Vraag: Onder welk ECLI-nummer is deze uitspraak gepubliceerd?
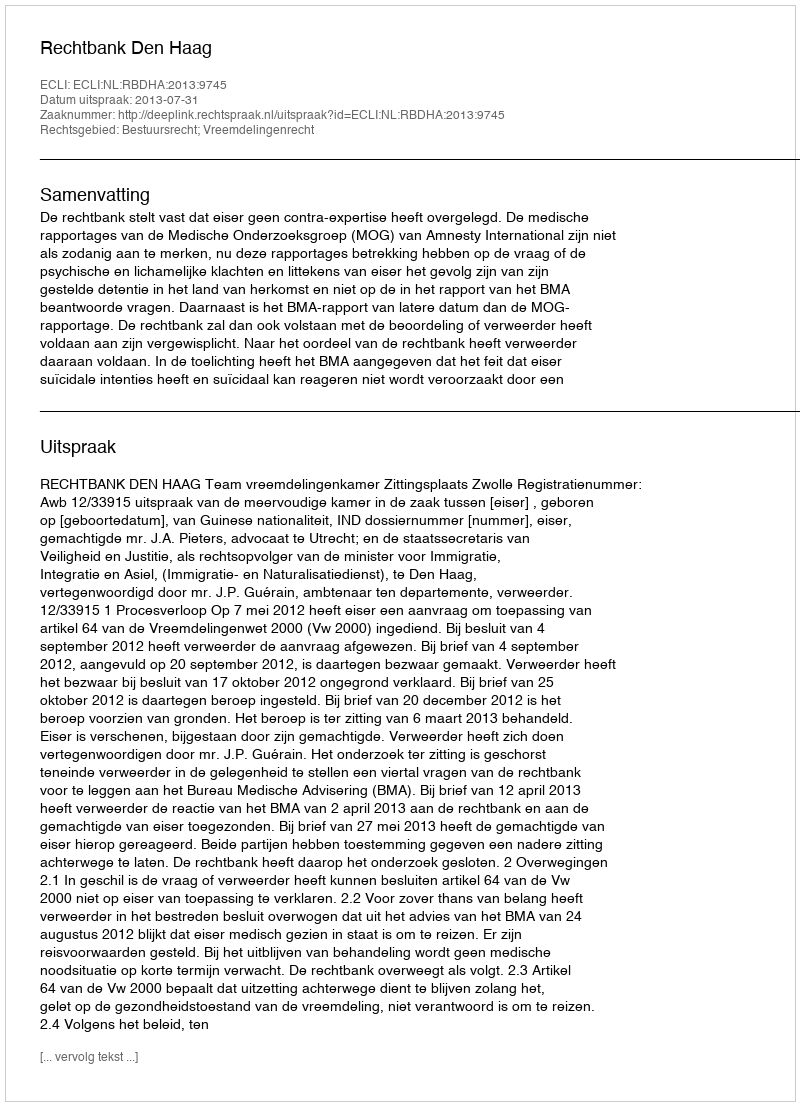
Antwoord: ECLI:NL:RBDHA:2013:9745